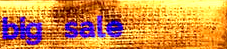
big sale